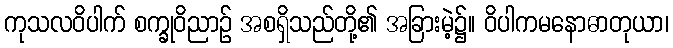
ကုသလဝိပါက် စက္ခုဝိညာဉ် အစရှိသည်တို့၏ အခြားမဲ့၌။ ဝိပါကမနောဓာတုယာ၊